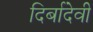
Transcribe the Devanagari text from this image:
दिर्बादेवी